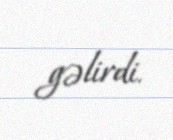
gəlirdi.